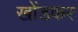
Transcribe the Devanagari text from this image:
खोंडकर